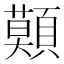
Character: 𩔷